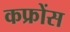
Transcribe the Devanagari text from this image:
कफ्रोंस